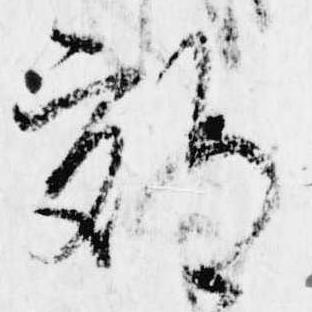
郊